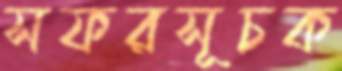
সফরসূচক